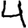
Digit: 4